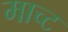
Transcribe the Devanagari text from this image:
माच्ट